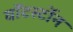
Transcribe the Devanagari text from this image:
वाॅटर्स्टोन